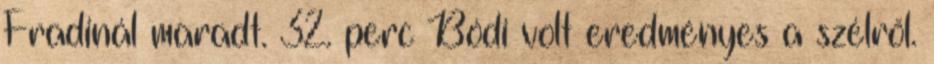
Fradinál maradt. 32. perc Bódi volt eredményes a szélről.